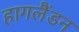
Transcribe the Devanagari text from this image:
हागलैंडन